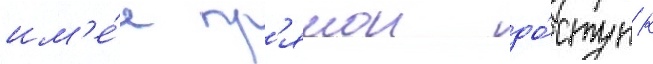
им'е́я пр'ямои до́ступ к